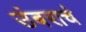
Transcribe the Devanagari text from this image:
उंबराचं